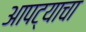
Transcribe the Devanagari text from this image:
आपट्याचा